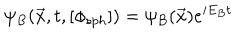
LaTeX: \psi _ { B } ( { \vec { x } } , t , [ \phi _ { s p h } ] ) = \psi _ { B } ( \vec { x } ) e ^ { i E _ { B } t }